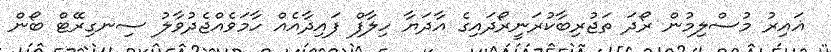
ޣައިރު މުސްލިމުން ރޯދަ ތަޖުރިބާކުރަނީރޯދައިގެ އާދަޔާ ހިލާފް ފައިދާއެއް ހާމަވެއްޖެދުވާލު ސިނގިރޭޓް ބޯން